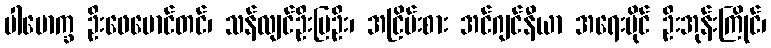
ပါမောက္ခ ဦးဖေမောင်တင်၊ သန်လျင်ဦးမြဦး၊ အငြိမ်းစား အင်ဂျင်နီယာ အရေးပိုင် ဦးအုန်းကြိုင်၊